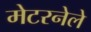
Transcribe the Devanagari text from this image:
मेटरनेले